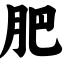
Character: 肥